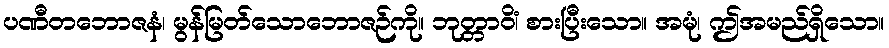
ပဏီတဘောဇနံ၊ မွန်မြတ်သောဘောဇဉ်ကို။ ဘုတ္တာဝိံ၊ စားပြီးသော။ အမုံ၊ ဤအမည်ရှိသော။